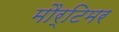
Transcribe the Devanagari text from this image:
मौर्टिमर